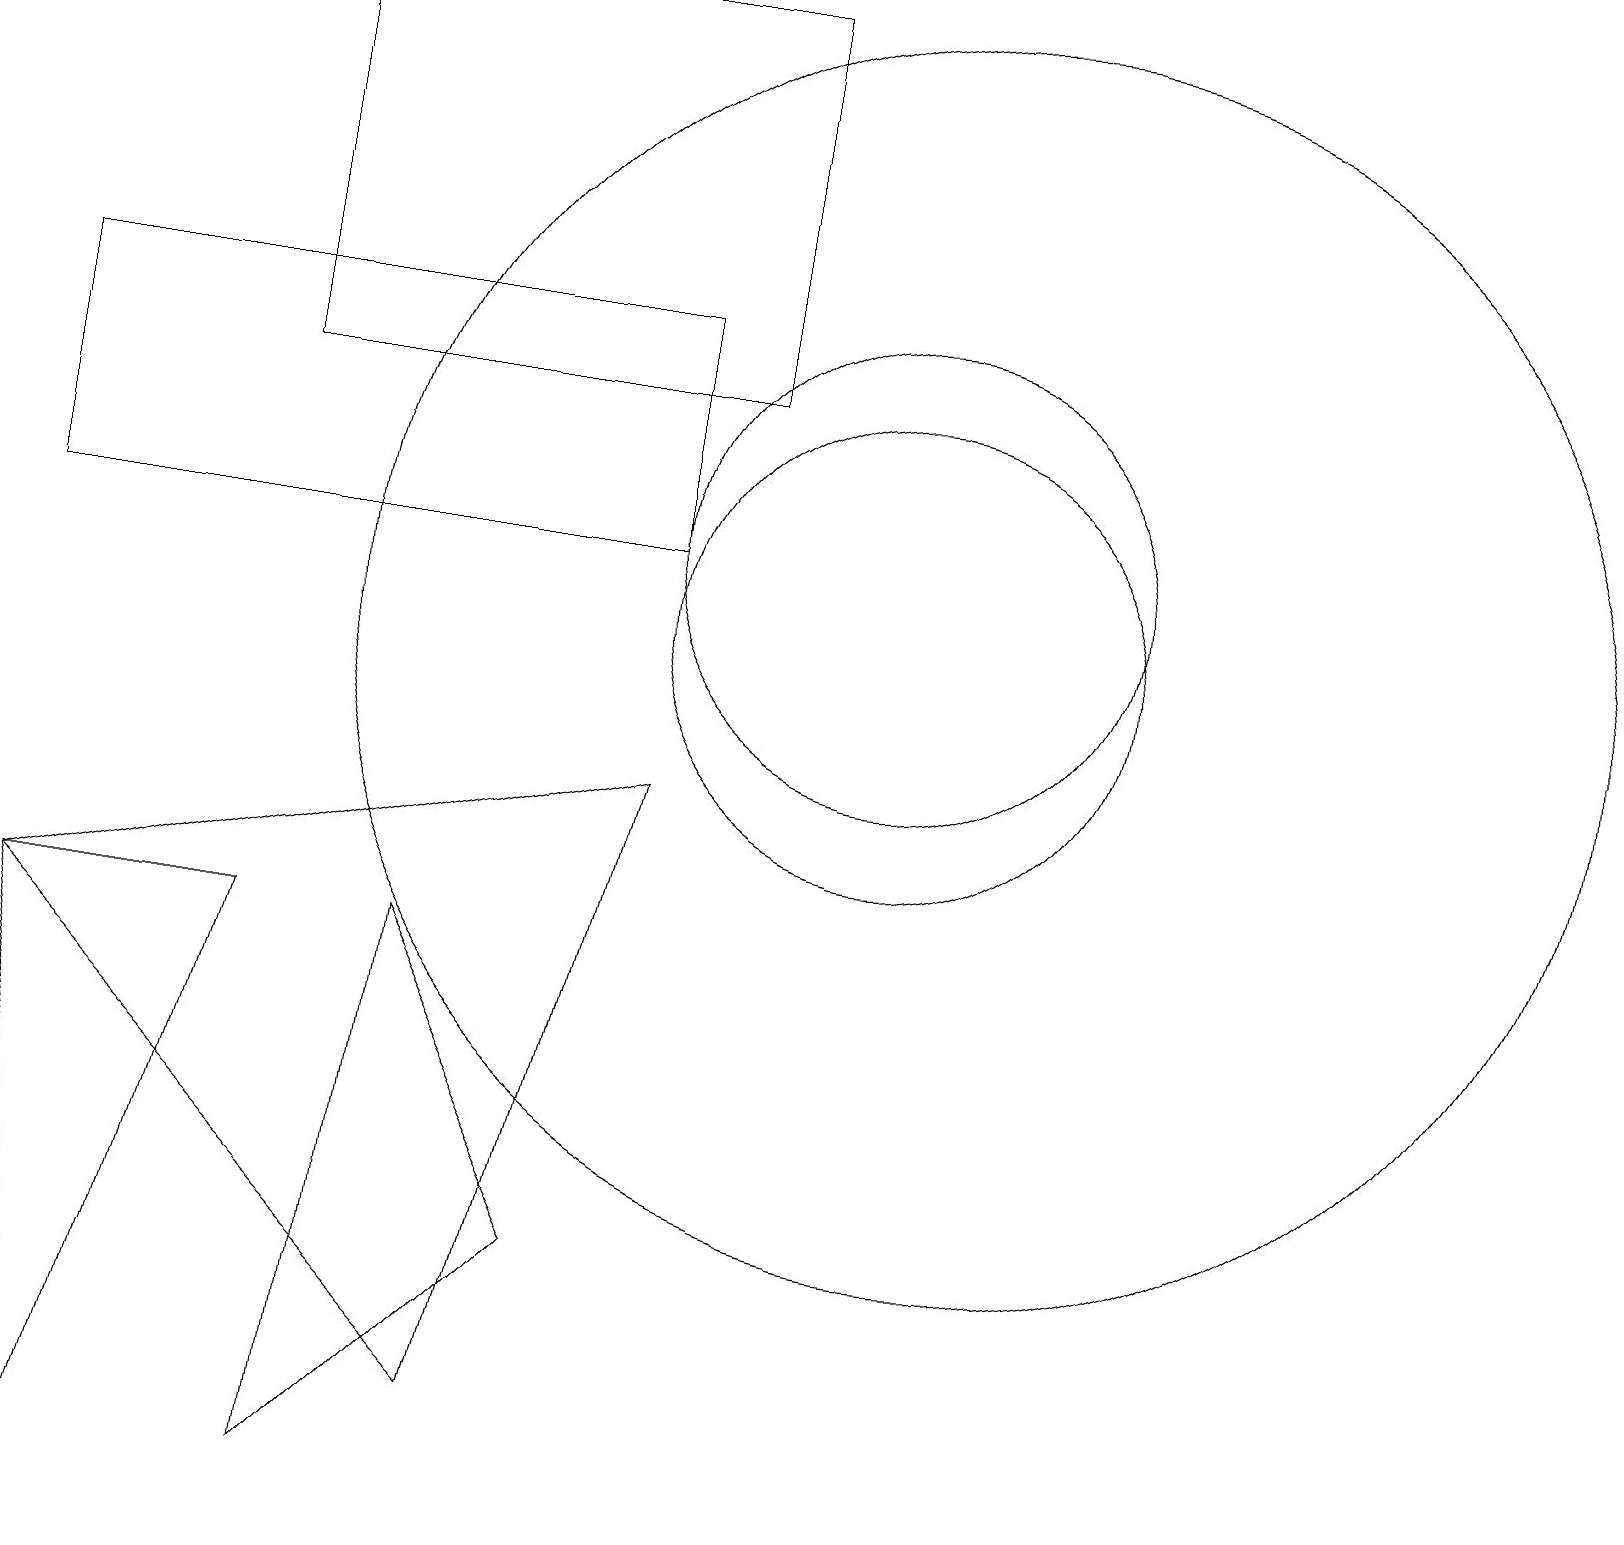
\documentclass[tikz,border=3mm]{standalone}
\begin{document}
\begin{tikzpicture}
\draw (5,7) -- (4,0) -- (7,3) -- cycle;
\draw (0,15) rectangle (8,12);
\draw (0,7) -- (3,7) -- (1,0) -- cycle;
\draw (8,9) -- (0,7) -- (6,1) -- cycle;
\draw (12,11) circle (8);
\draw (11,11) circle (3);
\draw (11,12) circle (3);
\draw (9,14) rectangle (3,19);
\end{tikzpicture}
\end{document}